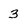
Character: 3